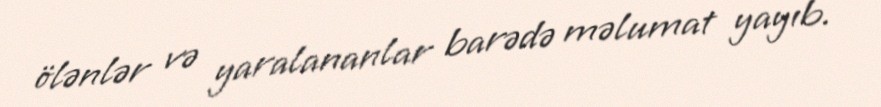
ölənlər və yaralananlar barədə məlumat yayıb.